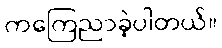
ကကြေညာခဲ့ပါတယ်။